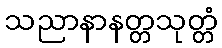
သညာနာနတ္တသုတ္တံ